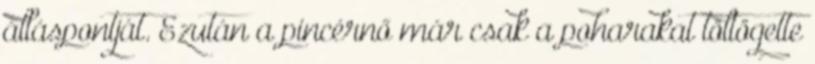
álláspontját. Ezután a pincérnő már csak a poharakat töltögette